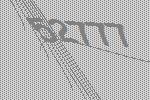
52777